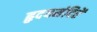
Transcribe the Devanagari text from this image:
हृदयमंदिरें